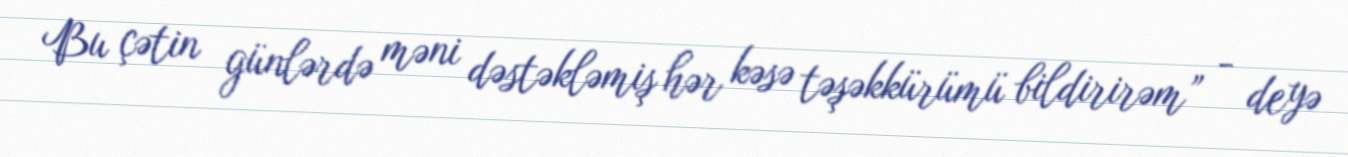
Bu çətin günlərdə məni dəstəkləmiş hər kəsə təşəkkürümü bildirirəm” - deyə